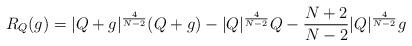
LaTeX: \begin{align*} R_{Q}(g)=|Q+g|^{\frac{4}{N-2}}(Q+g)-|Q|^{\frac{4}{N-2}}Q-\frac{N+2}{N-2}|Q|^{\frac{4}{N-2}}g \end{align*}